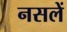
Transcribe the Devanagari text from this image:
नसलें